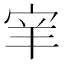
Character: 𫳅